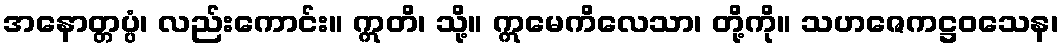
အနောတ္တပ္ပံ၊ လည်းကောင်း။ ဣတိ၊ သို့။ ဣမေကိလေသာ၊ တို့ကို။ သဟဇေကဋ္ဌဝသေန၊